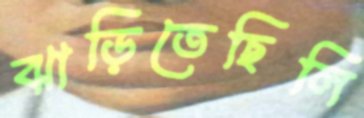
ঝাড়িতেছিলি